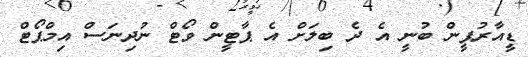
ޑީއާރުޕީން ބުނީ އެ ދެ ބިލަށް އެ ޕާޓީން ވޯޓް ނުދިނަސް އިމްޕޯޓް